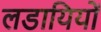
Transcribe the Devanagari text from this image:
लडायियों